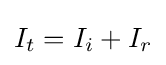
I_{t}=I_{i}+I_{r}